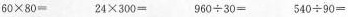
60×80=24×300==960÷30=540÷90=